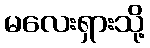
မလေးရှားသို့